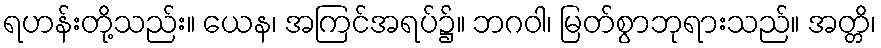
ရဟန်းတို့သည်း။ ယေန၊ အကြင်အရပ်၌။ ဘဂဝါ၊ မြတ်စွာဘုရားသည်။ အတ္တိ၊